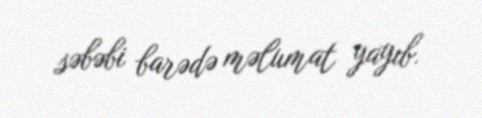
səbəbi barədə məlumat yayıb.